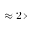
\approx 2 \times